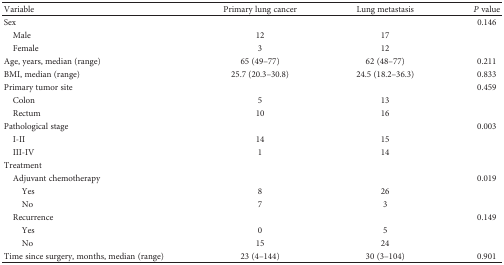
<table><thead><tr><td><b>Variable</b></td><td><b>Primary lung cancer</b></td><td><b>Lung metastasis</b></td><td><b><i>P</i> value</b></td></tr></thead><tbody><tr><td>Sex</td><td></td><td></td><td>0.146</td></tr><tr><td> Male</td><td>12</td><td>17</td><td></td></tr><tr><td> Female</td><td>3</td><td>12</td><td></td></tr><tr><td>Age, years, median (range)</td><td>65 (49–77)</td><td>62 (48–77)</td><td>0.211</td></tr><tr><td>BMI, median (range)</td><td>25.7 (20.3–30.8)</td><td>24.5 (18.2–36.3)</td><td>0.833</td></tr><tr><td>Primary tumor site</td><td></td><td></td><td>0.459</td></tr><tr><td> Colon</td><td>5</td><td>13</td><td></td></tr><tr><td> Rectum</td><td>10</td><td>16</td><td></td></tr><tr><td>Pathological stage</td><td></td><td></td><td>0.003</td></tr><tr><td> I-II</td><td>14</td><td>15</td><td></td></tr><tr><td> III-IV</td><td>1</td><td>14</td><td></td></tr><tr><td>Treatment</td><td></td><td></td><td></td></tr><tr><td> Adjuvant chemotherapy</td><td></td><td></td><td>0.019</td></tr><tr><td>Yes</td><td>8</td><td>26</td><td></td></tr><tr><td>No</td><td>7</td><td>3</td><td></td></tr><tr><td> Recurrence</td><td></td><td></td><td>0.149</td></tr><tr><td>Yes</td><td>0</td><td>5</td><td></td></tr><tr><td>No</td><td>15</td><td>24</td><td></td></tr><tr><td>Time since surgery, months, median (range)</td><td>23 (4–144)</td><td>30 (3–104)</td><td>0.901</td></tr></tbody></table>